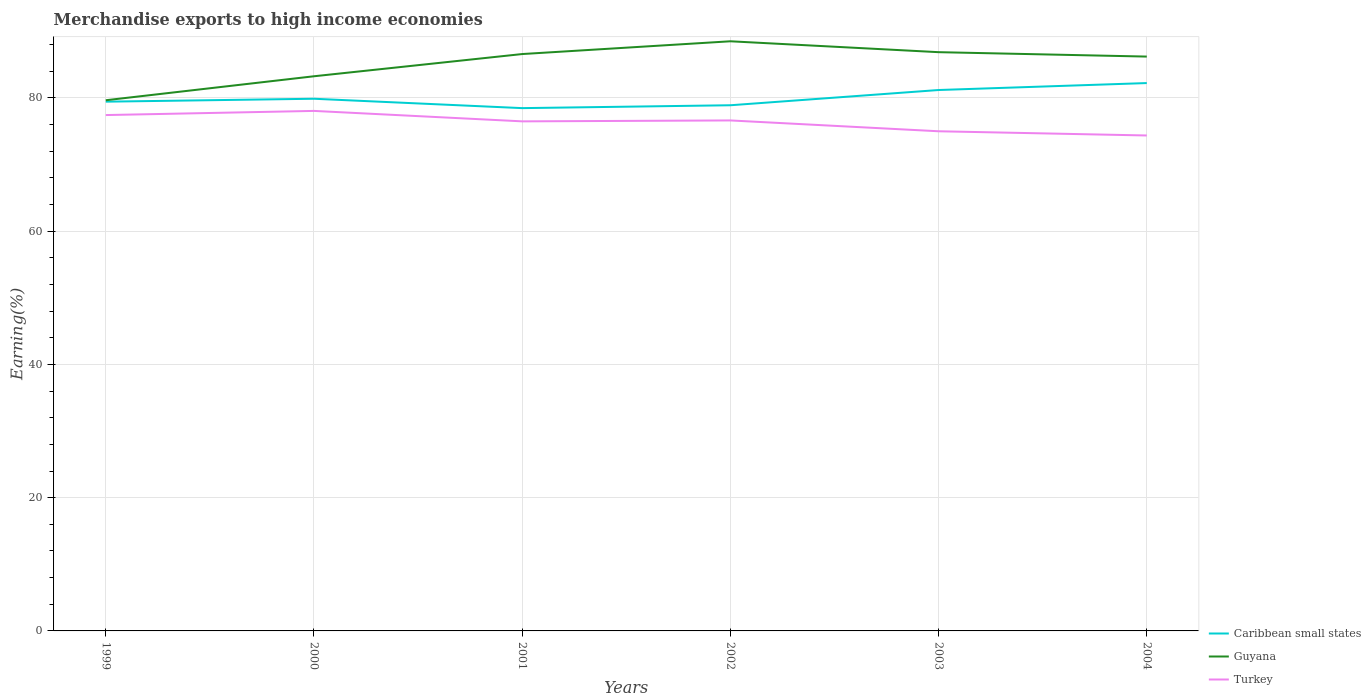
| Years | Caribbean small states | Guyana | Turkey |
 | --- | --- | --- | --- |
 | 1999 | 79.4 | 79.6 | 77.4 |
 | 2000 | 79.9 | 83.2 | 78 |
 | 2001 | 78.5 | 86.6 | 76.5 |
 | 2002 | 78.9 | 88.5 | 76.6 |
 | 2003 | 81.2 | 86.9 | 75 |
 | 2004 | 82.2 | 86.2 | 74.4 |